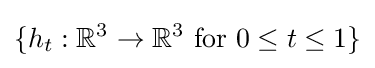
\{h_{t}:\mathbb {R} ^{3}\rightarrow \mathbb {R} ^{3}\ \mathrm {for} \ 0\leq t\leq 1\}